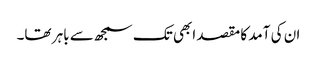
ان کی آمد کا مقصد ابھی تک سمجھ سے باہر تھا۔